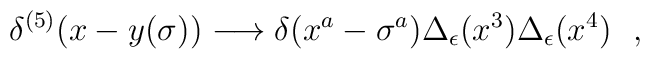
\delta^{(5)}(x-y(\sigma)) \longrightarrow \delta(x^a-\sigma^a)\Delta_\epsilon(x^3)\Delta_\epsilon(x^4) \ \ ,